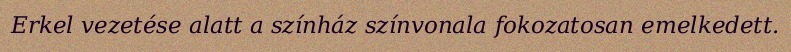
Erkel vezetése alatt a színház színvonala fokozatosan emelkedett.